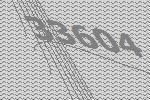
33604